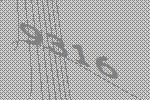
9316